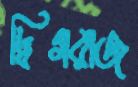
দ্বিগরাজ